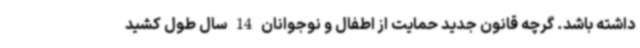
داشته باشد. گرچه قانون جدید حمایت از اطفال و نوجوانان 14 سال طول کشید